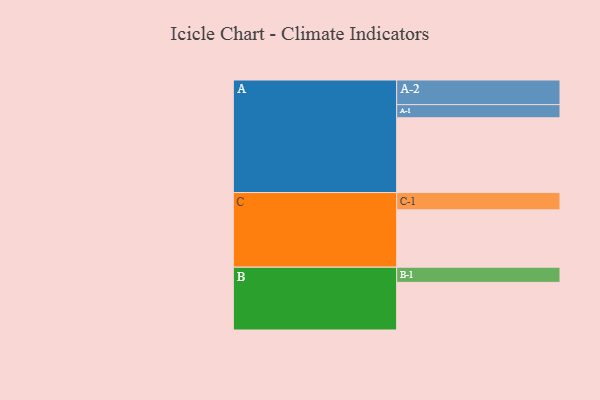
{"axis": {"x": "Segment", "y": "Value"}, "legend": ["", "A", "B", "C"], "data": [{"x": "A", "y": 592, "type": ""}, {"x": "B", "y": 377, "type": ""}, {"x": "C", "y": 454, "type": ""}, {"x": "A-1", "y": 104, "type": "A"}, {"x": "A-2", "y": 195, "type": "A"}, {"x": "B-1", "y": 120, "type": "B"}, {"x": "C-1", "y": 137, "type": "C"}]}